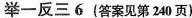
举一反三6(答案见第240页)